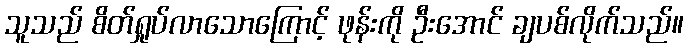
သူသည် စိတ်ရှုပ်လာသောကြောင့် ဖုန်းကို ဦးအောင် ချပစ်လိုက်သည်။